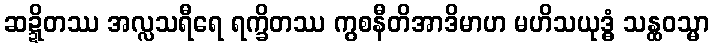
ဆဍ္ဍိတဿ အလ္လသရီရေ ရက္ခိတဿ ကွစနီတိအာဒိမာဟ မဟိသယုဒ္ဓံ သန္ထဝသ္မာ